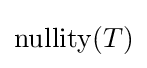
\operatorname {nullity} (T)